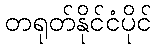
တရုတ်နိုင်ငံပိုင်